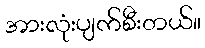
အားလုံးပျက်စီးတယ်။